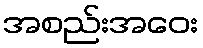
အစည်းအဝေး